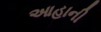
આહાની